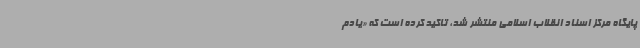
پایگاه مرکز اسناد انقلاب اسلامی منتشر شد، تاکید کرده است که «یادم